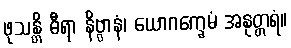
ဖုသန္တိ ဓီရာ နိဗ္ဗာနံ၊ ယောဂက္ခေမံ အနုတ္တရံ။